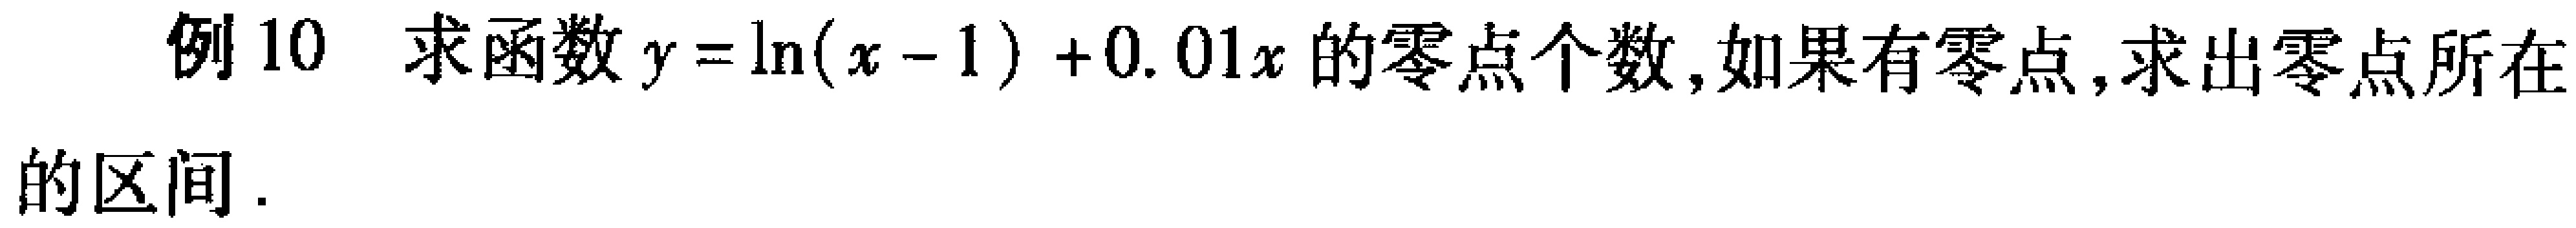
例10 求函数\(y = \ln(x - 1)+0.01x\)的零点个数，如果有零点，求出零点所在的区间.